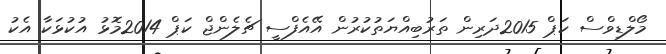
މޯލްޑިވްސް ކަޕް 2015ދަރިން ތަރުބިއްޔަތުކުރުން އޭއެފްސީ ޗެލެންޖް ކަޕް 2014މޮޅު އުކުޅަކާ އެކު